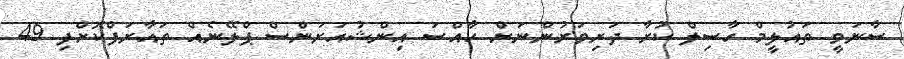
ސާނަވީ ތައުލީމް ހާސިލް ކުރާ ދަރިވަރުންނަށް ހާއްސަ އިންޝުއަރަންސް ޕްލޭނެއް ތައާރަފްކޮށްފި 49